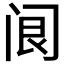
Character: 𨸄